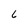
Character: 6